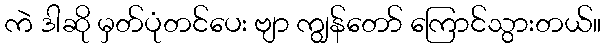
ကဲ ဒါဆို မှတ်ပုံတင်ပေး ဗျာ ကျွန်တော် ကြောင်သွားတယ်။